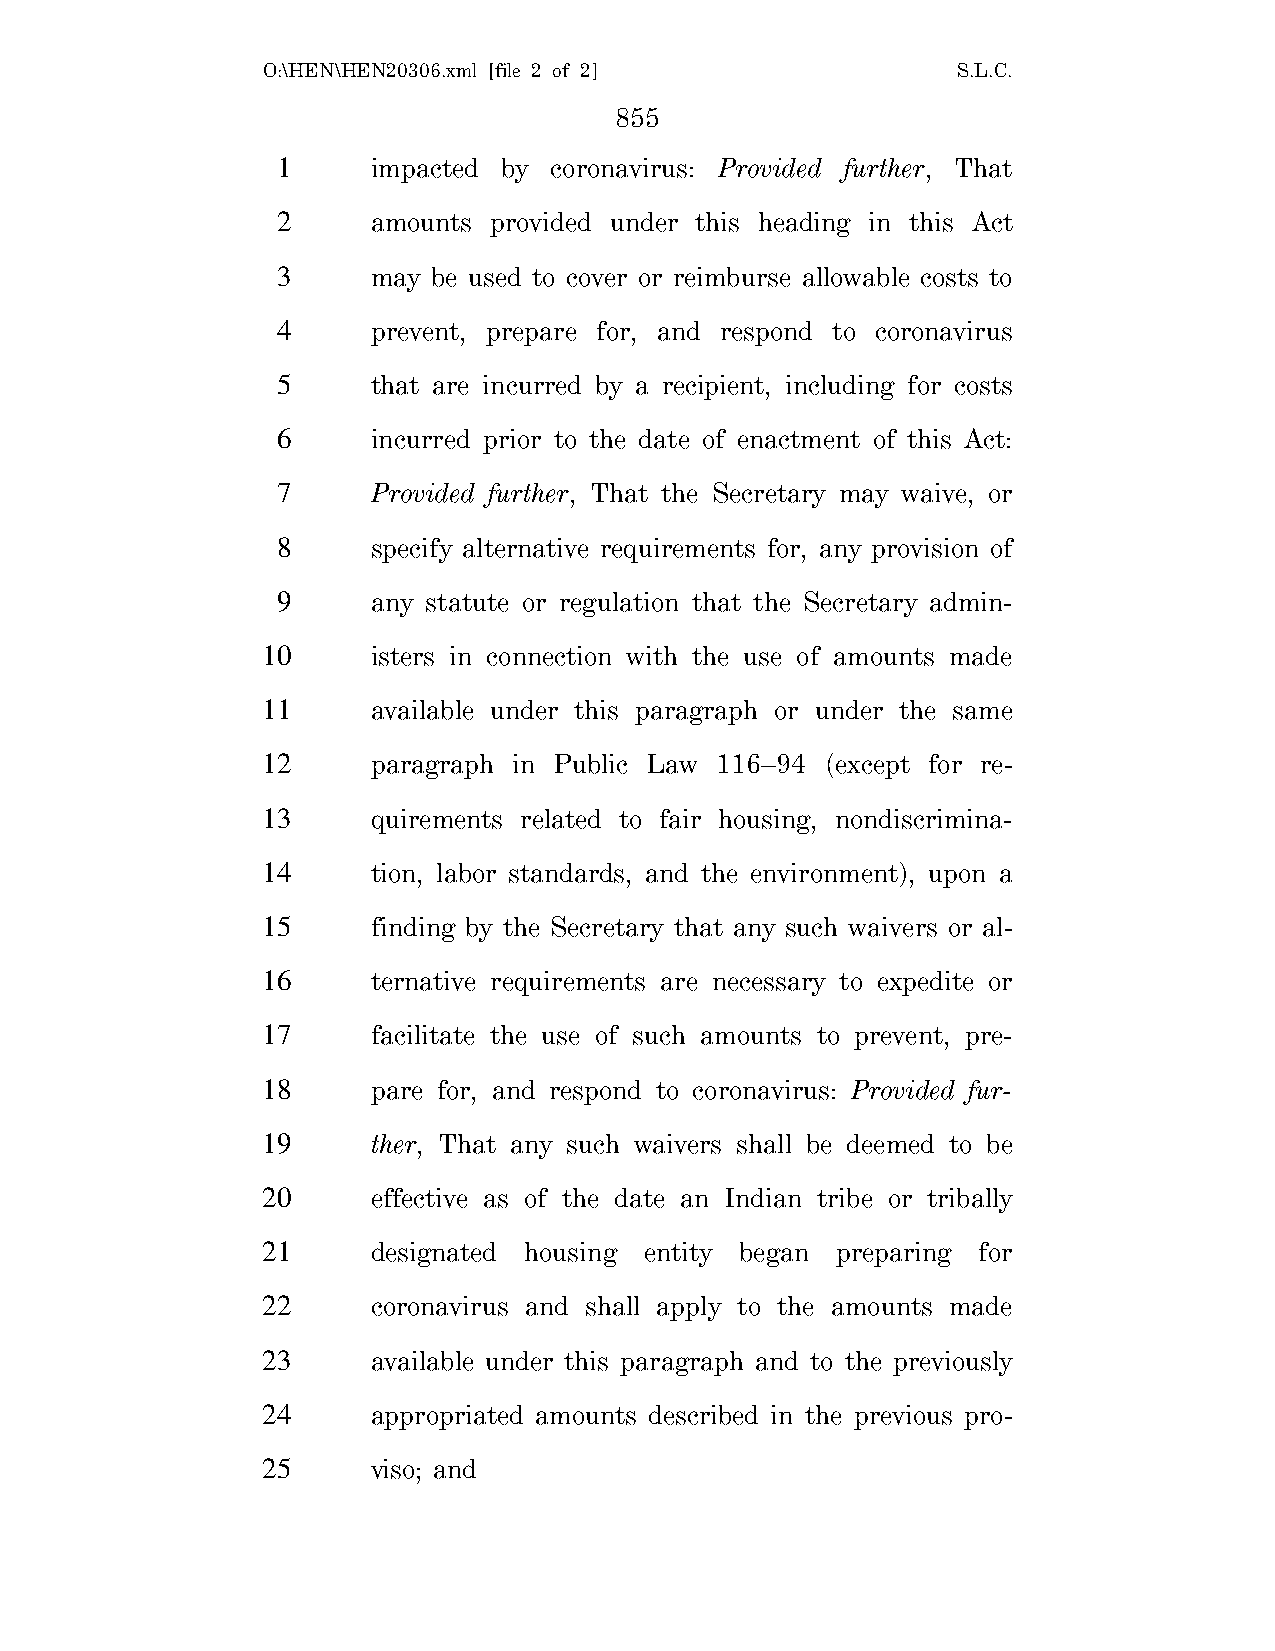
O:\HEN\HEN20306.xml [file 2 of 2]             S.L.C.
 855
 1      impacted by coronavirus: Provided further, That
 2      amounts provided under this heading in this Act
 3      may be used to cover or reimburse allowable costs to
 4      prevent, prepare for, and respond to coronavirus
 5      that are incurred by a recipient, including for costs
 6      incurred prior to the date of enactment of this Act:
 7      Provided further, That the Secretary may waive, or
 8      specify alternative requirements for, any provision of
 9      any statute or regulation that the Secretary admin-
 10      isters in connection with the use of amounts made
 11      available under this paragraph or under the same
 12      paragraph in Public Law 116–94 (except for re-
 13      quirements related to fair housing, nondiscrimina-
 14      tion, labor standards, and the environment), upon a
 15      finding by the Secretary that any such waivers or al-
 16      ternative requirements are necessary to expedite or
 17      facilitate the use of such amounts to prevent, pre-
 18      pare for, and respond to coronavirus: Provided fur-
 19      ther, That any such waivers shall be deemed to be
 20      effective as of the date an Indian tribe or tribally
 21      designated housing entity began preparing for
 22      coronavirus and shall apply to the amounts made
 23      available under this paragraph and to the previously
 24      appropriated amounts described in the previous pro-
 25      viso; and